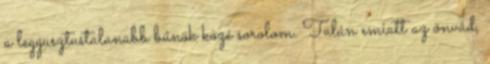
a leggusztustalanabb bűnök közé sorolom. Talán emiatt az önvád,